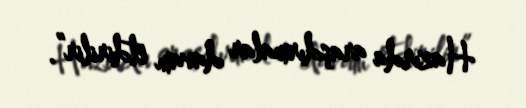
Hazırda araşdırmalar davam etdirilir”.